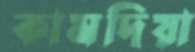
কামদিয়া